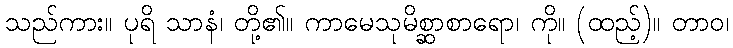
သည်ကား။ ပုရိ သာနံ၊ တို့၏။ ကာမေသုမိစ္ဆာစာရော၊ ကို။ (ထည့်)။ တာဝ၊